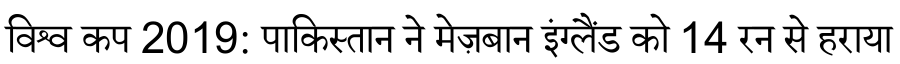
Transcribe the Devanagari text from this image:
विश्व कप 2019: पाकिस्तान ने मेज़बान इंग्लैंड को 14 रन से हराया